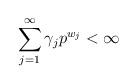
LaTeX: \begin{align*}\sum_{j=1}^\infty \gamma_j p^{w_j} < \infty\end{align*}